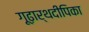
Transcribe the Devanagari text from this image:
गूढ़ार्थदीपिका